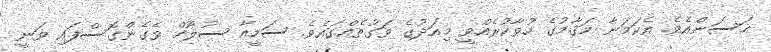
ޙަސަންއެވެ. އެކަމަނާ މަޤާމުގެ ހުވާކުރެއްވީ މިއަދުގެ ވަގުތެއްގައެވެ. ސަމީއާ ސުލޫހް ވެގެންގޮސްފައި ވަނީ